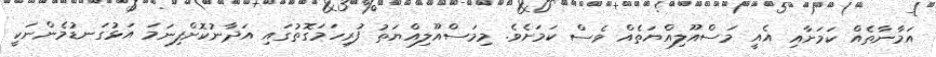
އަމާނާތެއް ކަމަށާއި އެއީ މަސްއޫލިއްޔަތެއް ވެސް ކަމަށެވެ. މިމަސްއޫލިއްޔަތު ފުރިހަމަގޮތުގައި އަދާނުކޮށްފިނަމަ އަޅުގަނޑުމެންނަކީ